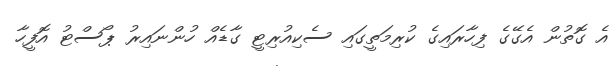
އެ ގޮތުން އެގޭގެ ފިހާރައިގެ ކުރިމަތީގައި ސެކިއުރިޓީ ގާޑެއް ހުންނައިރު ޕޯސްޓު އޮފީހާ